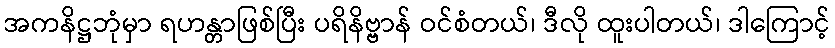
အကနိဋ္ဌဘုံမှာ ရဟန္တာဖြစ်ပြီး ပရိနိဗ္ဗာန် ဝင်စံတယ်၊ ဒီလို ထူးပါတယ်၊ ဒါကြောင့်